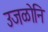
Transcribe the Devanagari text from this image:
उजळोनि